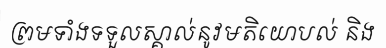
ព្រមទាំងទទួលស្គាល់នូវមតិយោបល់ និង